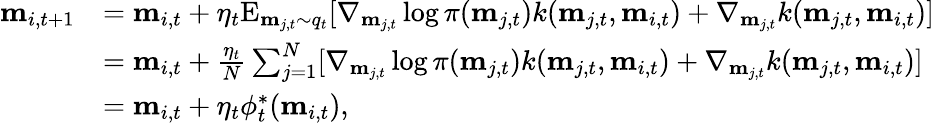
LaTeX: \begin{array}{rl}{\mathbf{m}_{i,t+1}}&{=\mathbf{m}_{i,t}+\eta_{t}\mathrm{E}_{\mathbf{m}_{j,t}\sim q_{t}}[\nabla_{\mathbf{m}_{j,t}}\log\pi(\mathbf{m}_{j,t})k(\mathbf{m}_{j,t},\mathbf{m}_{i,t})+\nabla_{\mathbf{m}_{j,t}}k(\mathbf{m}_{j,t},\mathbf{m}_{i,t})]}\\ &{=\mathbf{m}_{i,t}+\frac{\eta_{t}}{N}\sum_{j=1}^{N}[\nabla_{\mathbf{m}_{j,t}}\log\pi(\mathbf{m}_{j,t})k(\mathbf{m}_{j,t},\mathbf{m}_{i,t})+\nabla_{\mathbf{m}_{j,t}}k(\mathbf{m}_{j,t},\mathbf{m}_{i,t})]}\\ &{=\mathbf{m}_{i,t}+\eta_{t}\phi_{t}^{\ast}(\mathbf{m}_{i,t}),}\end{array}